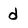
Character: d